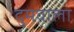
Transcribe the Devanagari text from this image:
दुमवाला